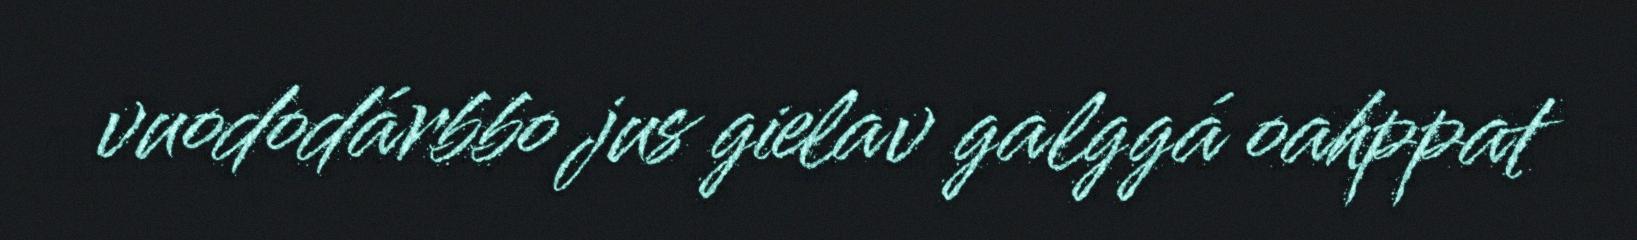
vuododárbbo jus gielav galggá oahppat